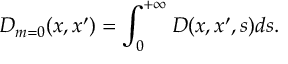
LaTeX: D _ { m = 0 } ( x , x ^ { \prime } ) = \int _ { 0 } ^ { + \infty } D ( x , x ^ { \prime } , s ) d s .